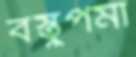
বস্তুপমা